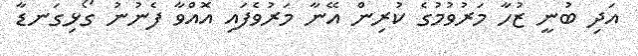
އަދި ބުނީ ޒުހާ މަރުވުމުގެ ކުރިން އޭނާ މަރުވެފައި އޮއްވާ ފެނުނު ގޯޅިގަނޑާ